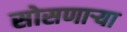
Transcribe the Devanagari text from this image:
सोसणाऱ्या